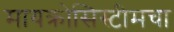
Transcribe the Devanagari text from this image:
मायक्रोसिस्टीमचा